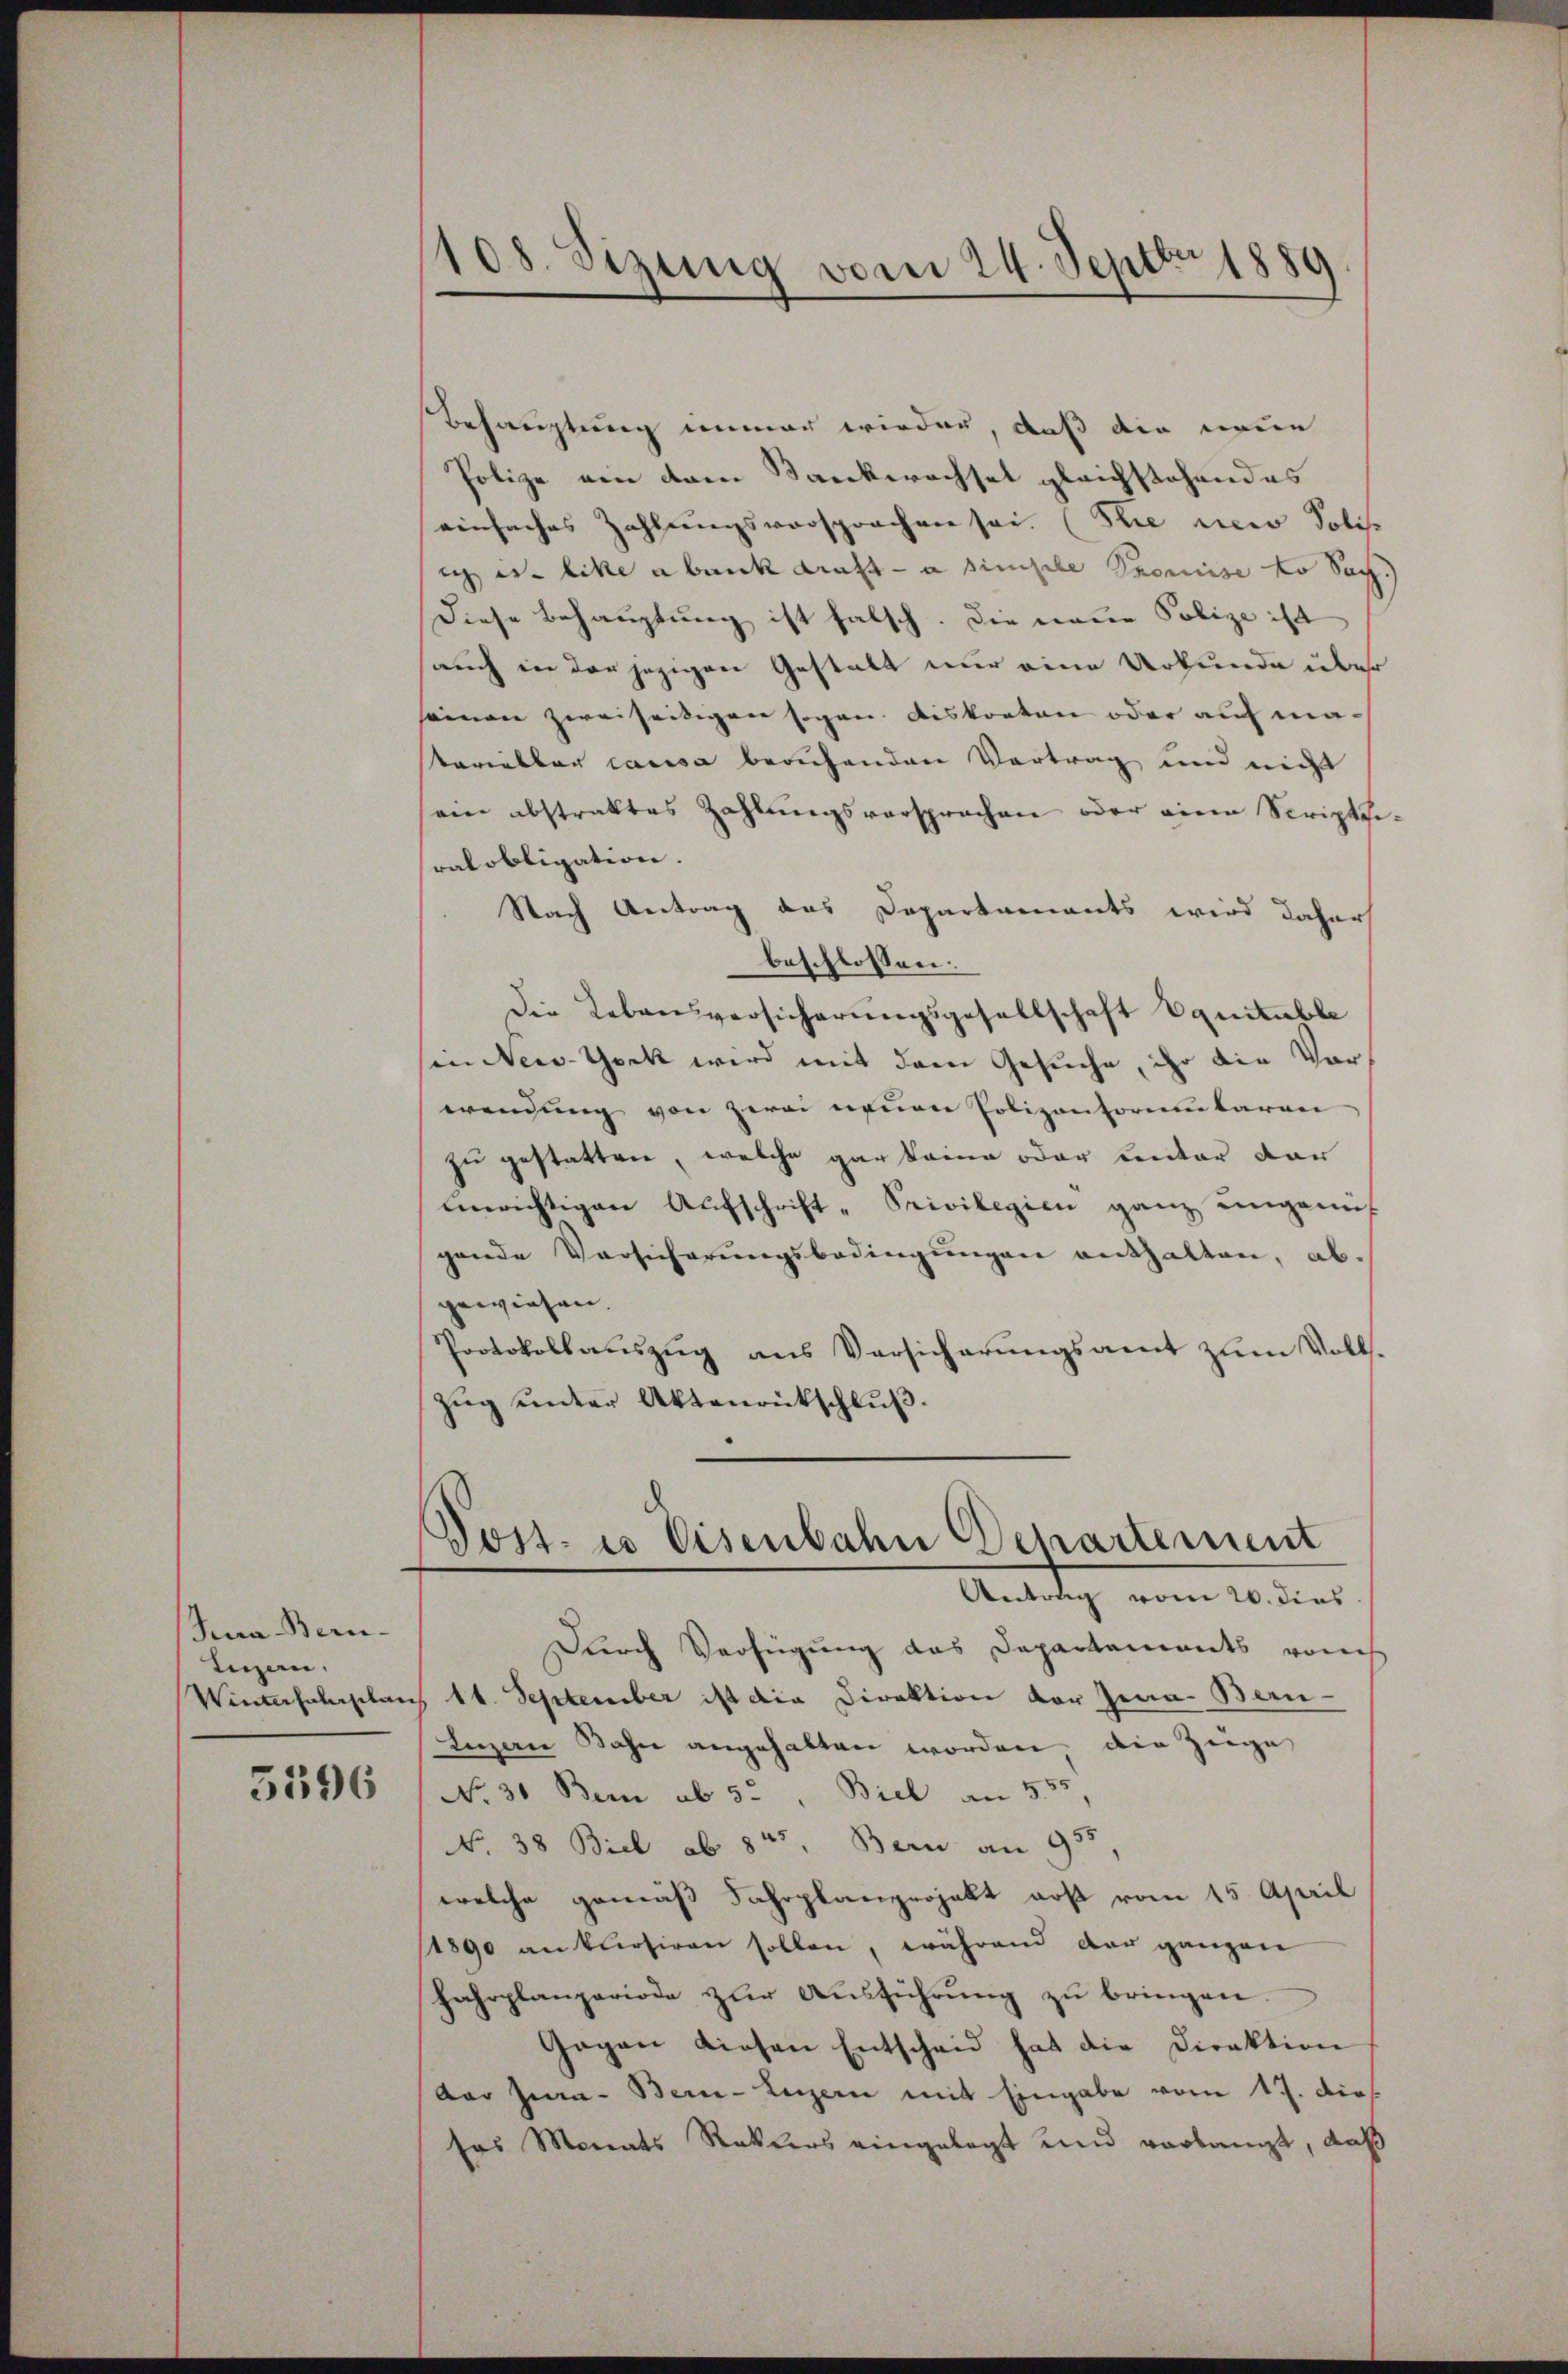
Jura Bern-
Luzan,
Winterfahrplan

5596

108. Sizung vom 24. Septbr 1889

Behauptung immer wieder, daß die neue
Polize ein dem Bankwachsel gleichstehendes
einfaches Zahlungsvorsprochen sei. (Sie mir Solisc
isliche abank drasta simple Speise ko Sach
Diese Behauptung ist falsch. Die neue Polize ist
sauch in der jezigen Gestalt nur eine Urkunde über
seinen zweiseitigen sogen. Diskonten oder auf matarielbar causa beruhenden Vortrag und nicht
sein abstraktes Zahlungsvorsprochen oder einen Scripte
sralobligation.
Nach Antrag das Departaments wird daher
beschlossen:
Die Lebensversicherungsgesellschaft Equitable
in New-York wird mit dem Gesuche, ihr die Vor
wendung von zwei neuen Polizentorumbaren
zu gestatten, welche gar keine oder unter dar
merichtigen Aŭfschrift-Privilegien ganz ungenüf
gende Versicherungsbedingungen enthalten, ab.
gewiesen.
Protokollauszug aus Versicherungsamt zum Voll¬
Zŭg ŭnter Aktenrückschlŭβ
Post es Eisenbahn Departement
Antrag vom 20. dies
Durch Verfügung das Departements vom
 14. September ist die Direktion der Jena. Bern-
Luzern Bahn angehalten worden, die Züge
No. 30 Bei ab 5 - " Biel an 555,
No 38 Biel ab 8t. Bern an 955
welche gemäß Fahrplanprojekt erst vom 15. April
1890 ankursiren sollen, während der ganzen
fahrplanperiode zur Ausführung zu bringen
Gagen diesen Entscheid hat die Direktion
Aar Jean - Berne-Luzern mit Eingabe vom 17. Die
sas Monats Rotters eingelegt und verlangt, daß